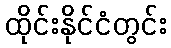
ထိုင်းနိုင်ငံတွင်း